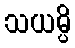
သယမ္ပိ